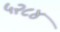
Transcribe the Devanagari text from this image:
५२८४